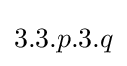
3.3.p.3.q